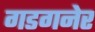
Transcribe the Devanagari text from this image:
गडगनेर